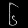
Digit: ၆